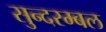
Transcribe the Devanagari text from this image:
सुन्दरम्बल